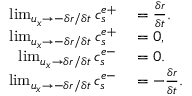
\begin{array} { r l } { \operatorname* { l i m } _ { u _ { x } \rightarrow - \delta r / \delta t } c _ { s } ^ { e + } } & { { } = \frac { \delta r } { \delta t } . } \\ { \operatorname* { l i m } _ { u _ { x } \rightarrow - \delta r / \delta t } c _ { s } ^ { e + } } & { { } = 0 , } \\ { \operatorname* { l i m } _ { u _ { x } \rightarrow \delta r / \delta t } c _ { s } ^ { e - } } & { { } = 0 . } \\ { \operatorname* { l i m } _ { u _ { x } \rightarrow - \delta r / \delta t } c _ { s } ^ { e - } } & { { } = - \frac { \delta r } { \delta t } . } \end{array}